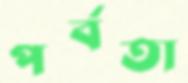
পর্বতা